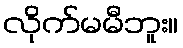
လိုက်မမီဘူး။